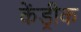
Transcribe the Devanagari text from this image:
केंड्रीक